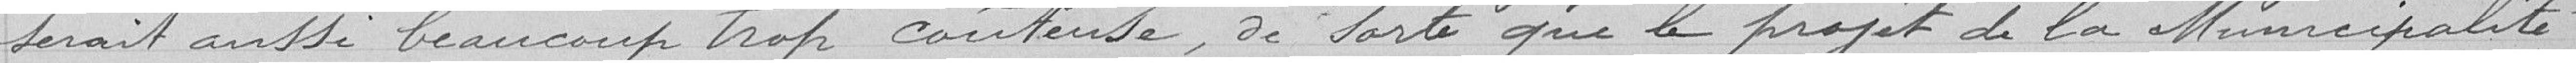
serait aussi beaucoup trop coûteuse, de sorte que le projet de la Municipalité